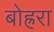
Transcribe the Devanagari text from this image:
बोह्ररा